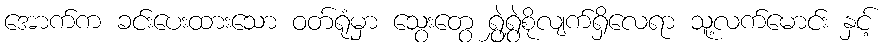
အောက်က ခင်းပေးထားသော ဝတ်ရုံမှာ သွေးတွေ ရွှဲရွှဲစိုလျက်ရှိလေရာ သူ့လက်မောင်း နှင့်